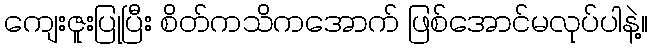
ကျေးဇူးပြုပြီး စိတ်ကသိကအောက် ဖြစ်အောင်မလုပ်ပါနဲ့။